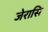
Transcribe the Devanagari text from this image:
जेरासि